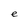
Character: e